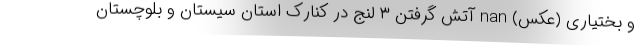
و بختیاری (عکس) nan آتش گرفتن ۳ لنج در کنارک استان سیستان و بلوچستان